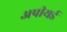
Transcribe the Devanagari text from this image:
अपीयर्ड